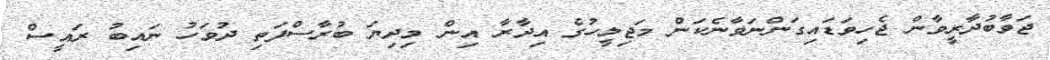
ޖަވާބުދާރީވާން ޖެހިވަޑައިގަންނަވާނެކަން މަޖިލީހުގެ އިދާރާ އިން މިދިޔަ ބުރާސްފަތި ދުވަހު ނައިބު ރައީސް